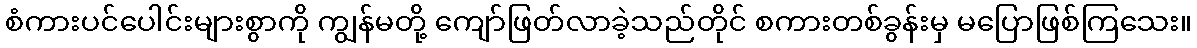
စံကားပင်ပေါင်းများစွာကို ကျွန်မတို့ ကျော်ဖြတ်လာခဲ့သည်တိုင် စကားတစ်ခွန်းမှ မပြောဖြစ်ကြသေး။